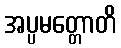
အပ္ပမတ္တောတိ